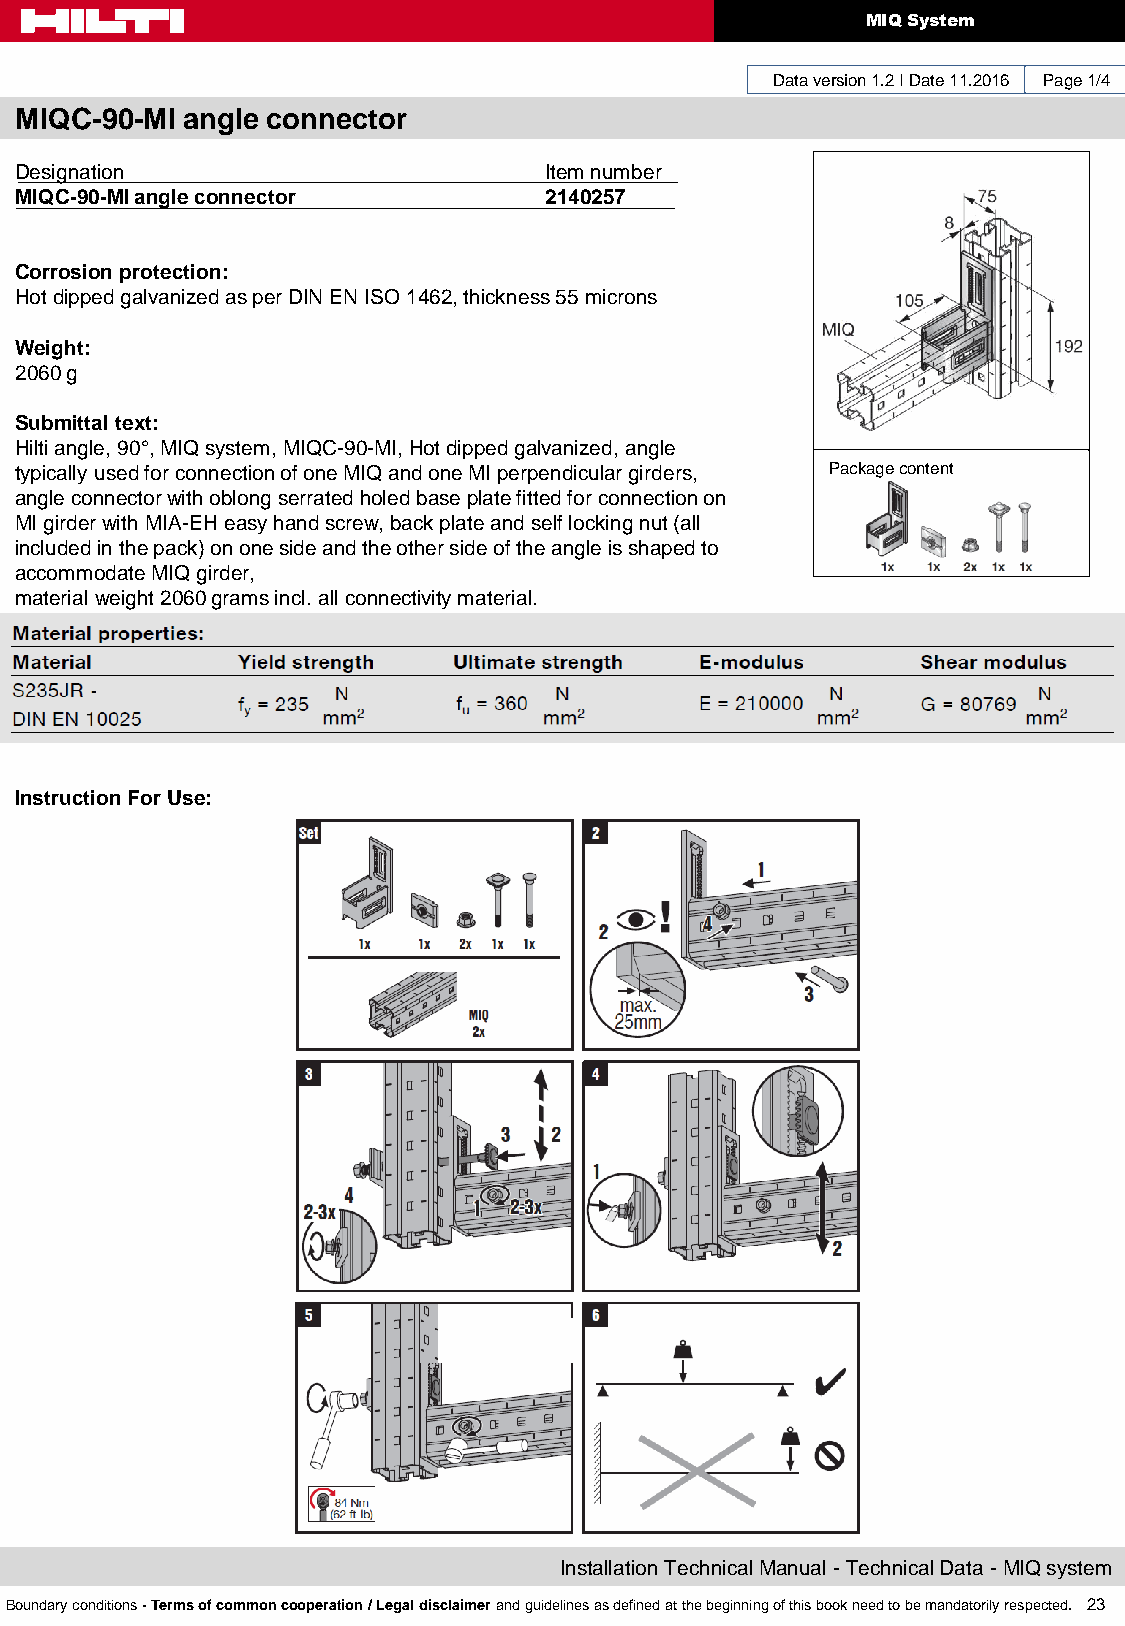
MIQ System
 Data version 1.2 I Date 11.2016 Page 1/4
 MIQC-90-MI angle connector
 Designation                        Item number
 MIQC-90-MI angle connector         2140257
 Corrosion protection:
 Hot dipped galvanized as per DIN EN ISO 1462, thickness 55 microns
 Weight:
 2060 g
 Submittal text:
 Hilti angle, 90°, MIQ system, MIQC-90-MI, Hot dipped galvanized, angle
 typically used for connection of one MIQ and one MI perpendicular girders, Package content
 angle connector with oblong serrated holed base plate fitted for connection on
 MI girder with MIA-EH easy hand screw, back plate and self locking nut (all
 included in the pack) on one side and the other side of the angle is shaped to
 accommodate MIQ girder,
 material weight 2060 grams incl. all connectivity material.
 Instruction For Use:
 Installation Technical Manual - Technical Data - MIQ system
 Boundary conditions - Terms of common cooperation / Legal disclaimer and guidelines as defined at the beginning of this book need to be mandatorily respected. 23